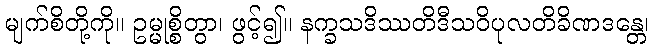
မျက်စိတို့ကို။ ဥမ္မုစ္စိတွာ၊ ဖွင့်၍။ နက္ခသဒိဿတိဒီသဝိပုလတိခိဏဒန္တေ၊